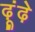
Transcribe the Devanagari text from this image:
ढ़ूंढ़े